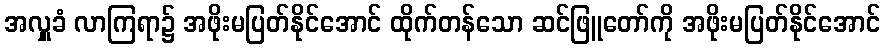
အလှူခံ လာကြရာ၌ အဖိုးမပြတ်နိုင်အောင် ထိုက်တန်သော ဆင်ဖြူတော်ကို အဖိုးမပြတ်နိုင်အောင်